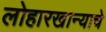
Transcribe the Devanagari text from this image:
लोहारखान्याचे